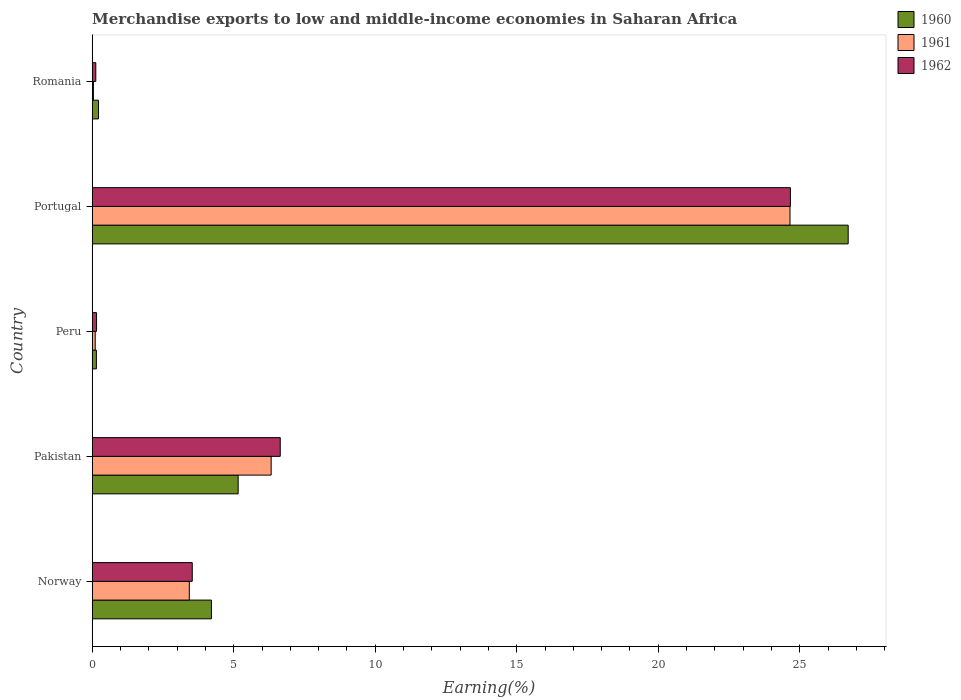
| Country | 1960 | 1961 | 1962 |
 | --- | --- | --- | --- |
 | Norway | 4.21 | 3.43 | 3.53 |
 | Pakistan | 5.16 | 6.32 | 6.64 |
 | Peru | 0.147 | 0.105 | 0.152 |
 | Portugal | 26.7 | 24.7 | 24.7 |
 | Romania | 0.222 | 0.0419 | 0.125 |